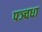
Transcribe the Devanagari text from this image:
पञ्चधा